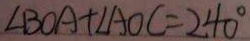
\angle B O A + \angle A O C = 2 4 0 ^ { \circ }